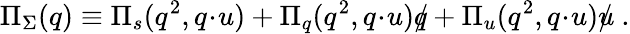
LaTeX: \Pi_{\Sigma}(q)\equiv\Pi_{s}(q^{2},q\! \cdot\! u)+\Pi_{q}(q^{2},q\! \cdot\! u)\rlap{/}{q}+\Pi_{u}(q^{2},q\! \cdot\! u)\rlap{/}{u}\ .